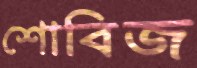
শোবিজ